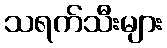
သရက်သီးများ